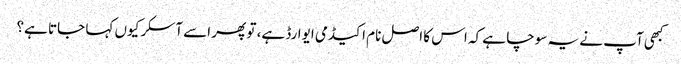
کبھی آپ نے یہ سوچا ہے کہ اس کا اصل نام اکیڈمی ایوارڈ ہے، تو پھر اسے آسکر کیوں کہا جاتا ہے؟